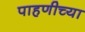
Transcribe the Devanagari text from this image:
पाहणीच्या